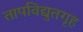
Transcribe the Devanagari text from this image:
तापविद्युतगृह